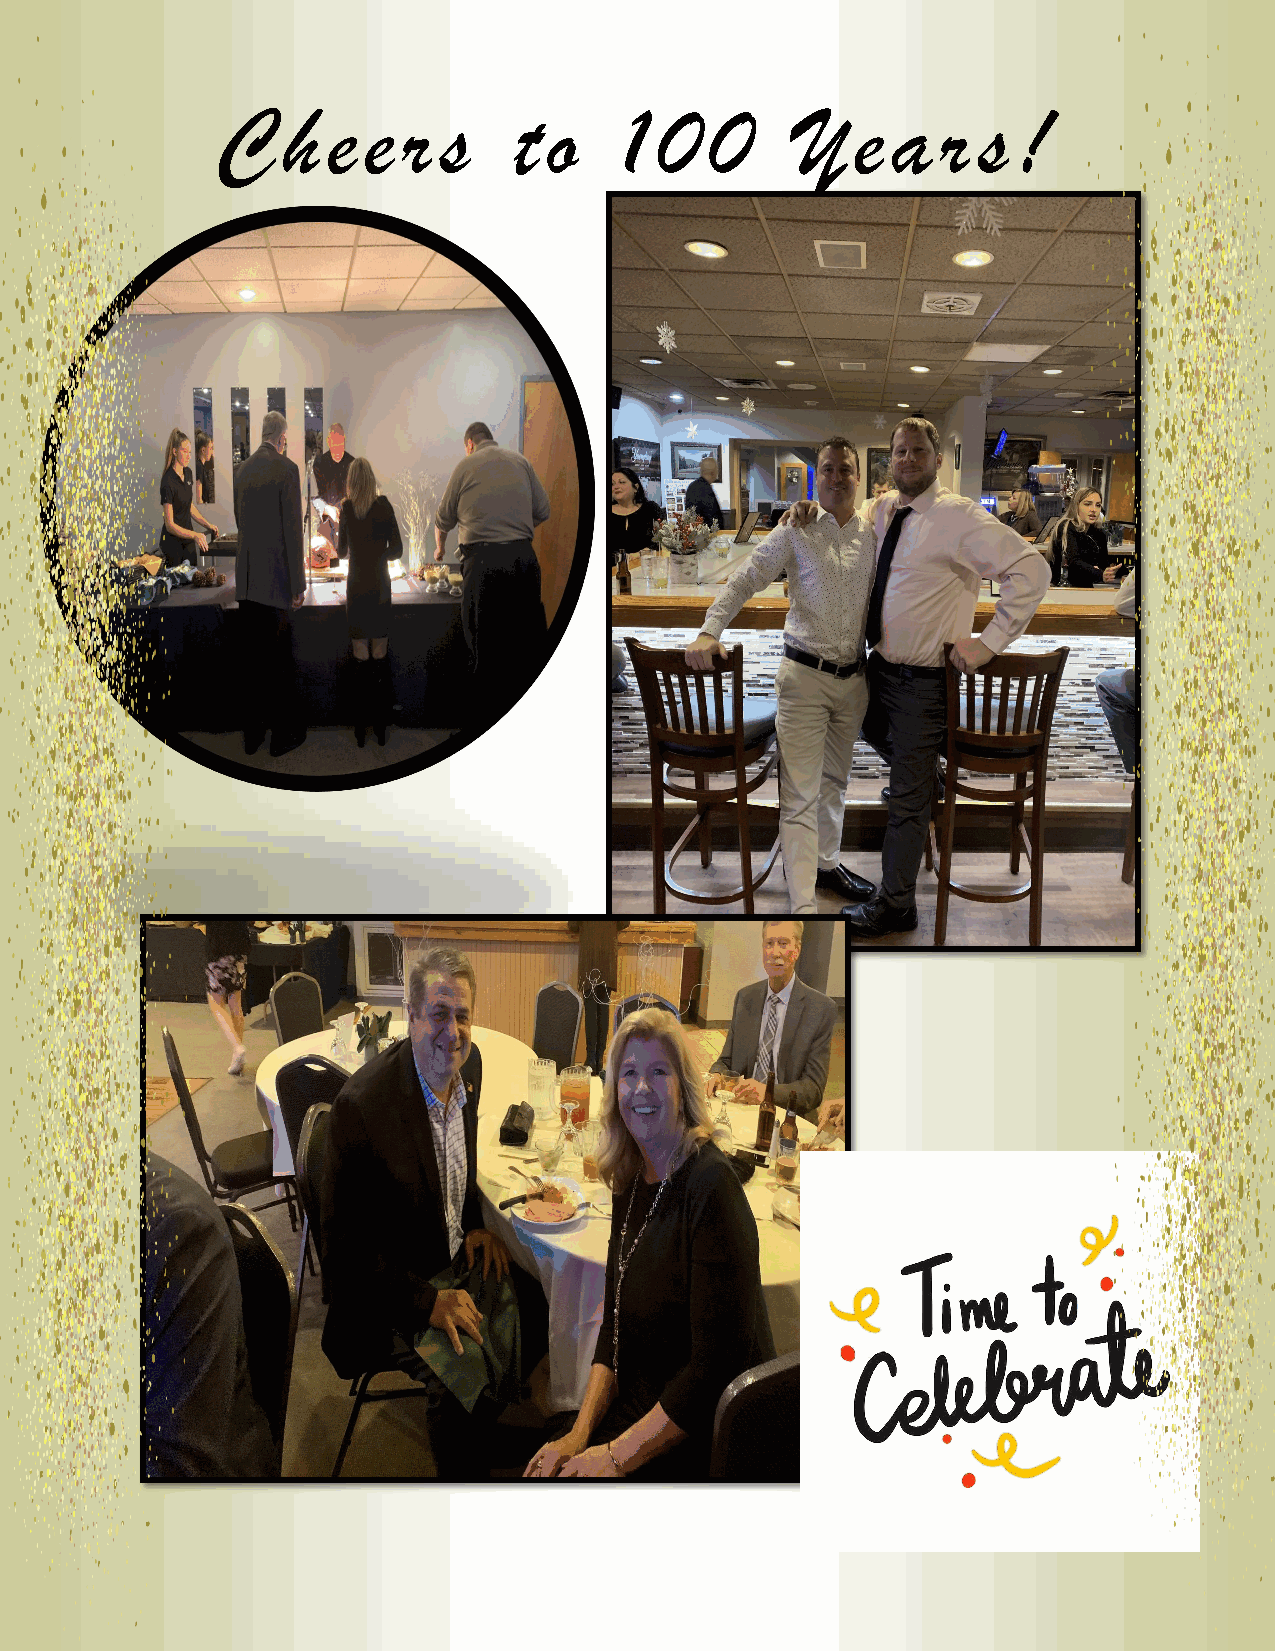
C    h  e e  r s    t o    1  0  0     Ye    a  r  s !